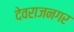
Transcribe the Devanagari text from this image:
देवराजनगर